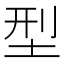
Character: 型